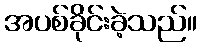
အပစ်ခိုင်းခဲ့သည်။